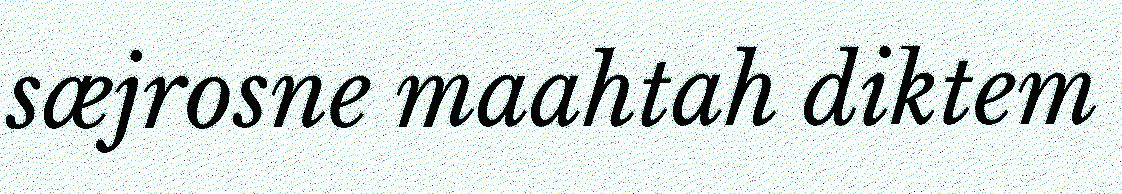
sæjrosne maahtah diktem